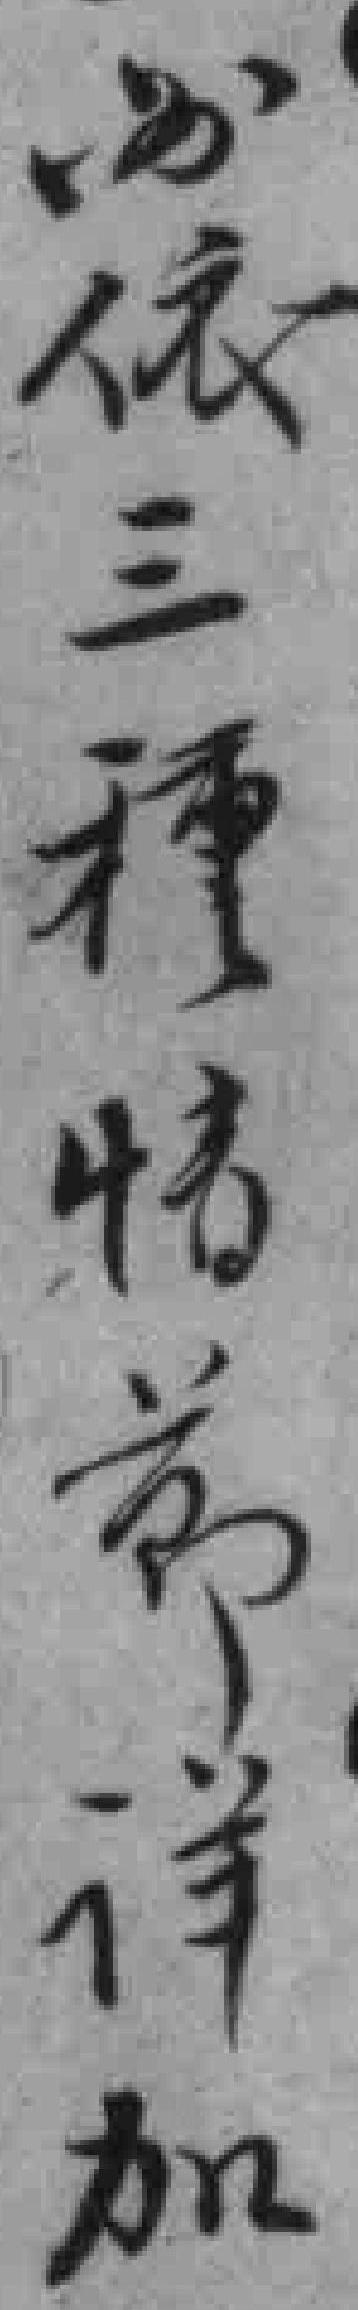
必依三種情節详加